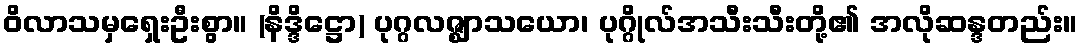
ဝိလာသမှရှေးဦးစွာ။ (နိဒ္ဒိဋ္ဌော) ပုဂ္ဂလဇ္ဈာသယော၊ ပုဂ္ဂိုလ်အသီးသီးတို့၏ အလိုဆန္ဒတည်း။